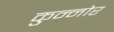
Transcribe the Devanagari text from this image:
कुन्नोर